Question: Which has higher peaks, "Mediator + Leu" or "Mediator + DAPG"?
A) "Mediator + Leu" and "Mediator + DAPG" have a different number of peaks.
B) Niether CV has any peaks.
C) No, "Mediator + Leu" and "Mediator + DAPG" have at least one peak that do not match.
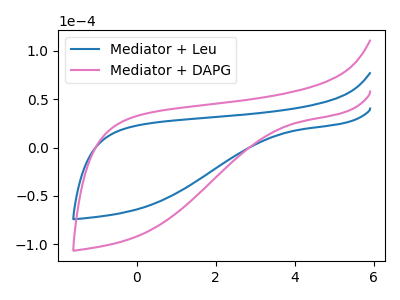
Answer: <think>The blue curve "Mediator + Leu" has no peaks. The pink curve "Mediator + DAPG" has no peaks.</think>
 <answer>B) Niether CV has any peaks.</answer>
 <eval>B</eval>